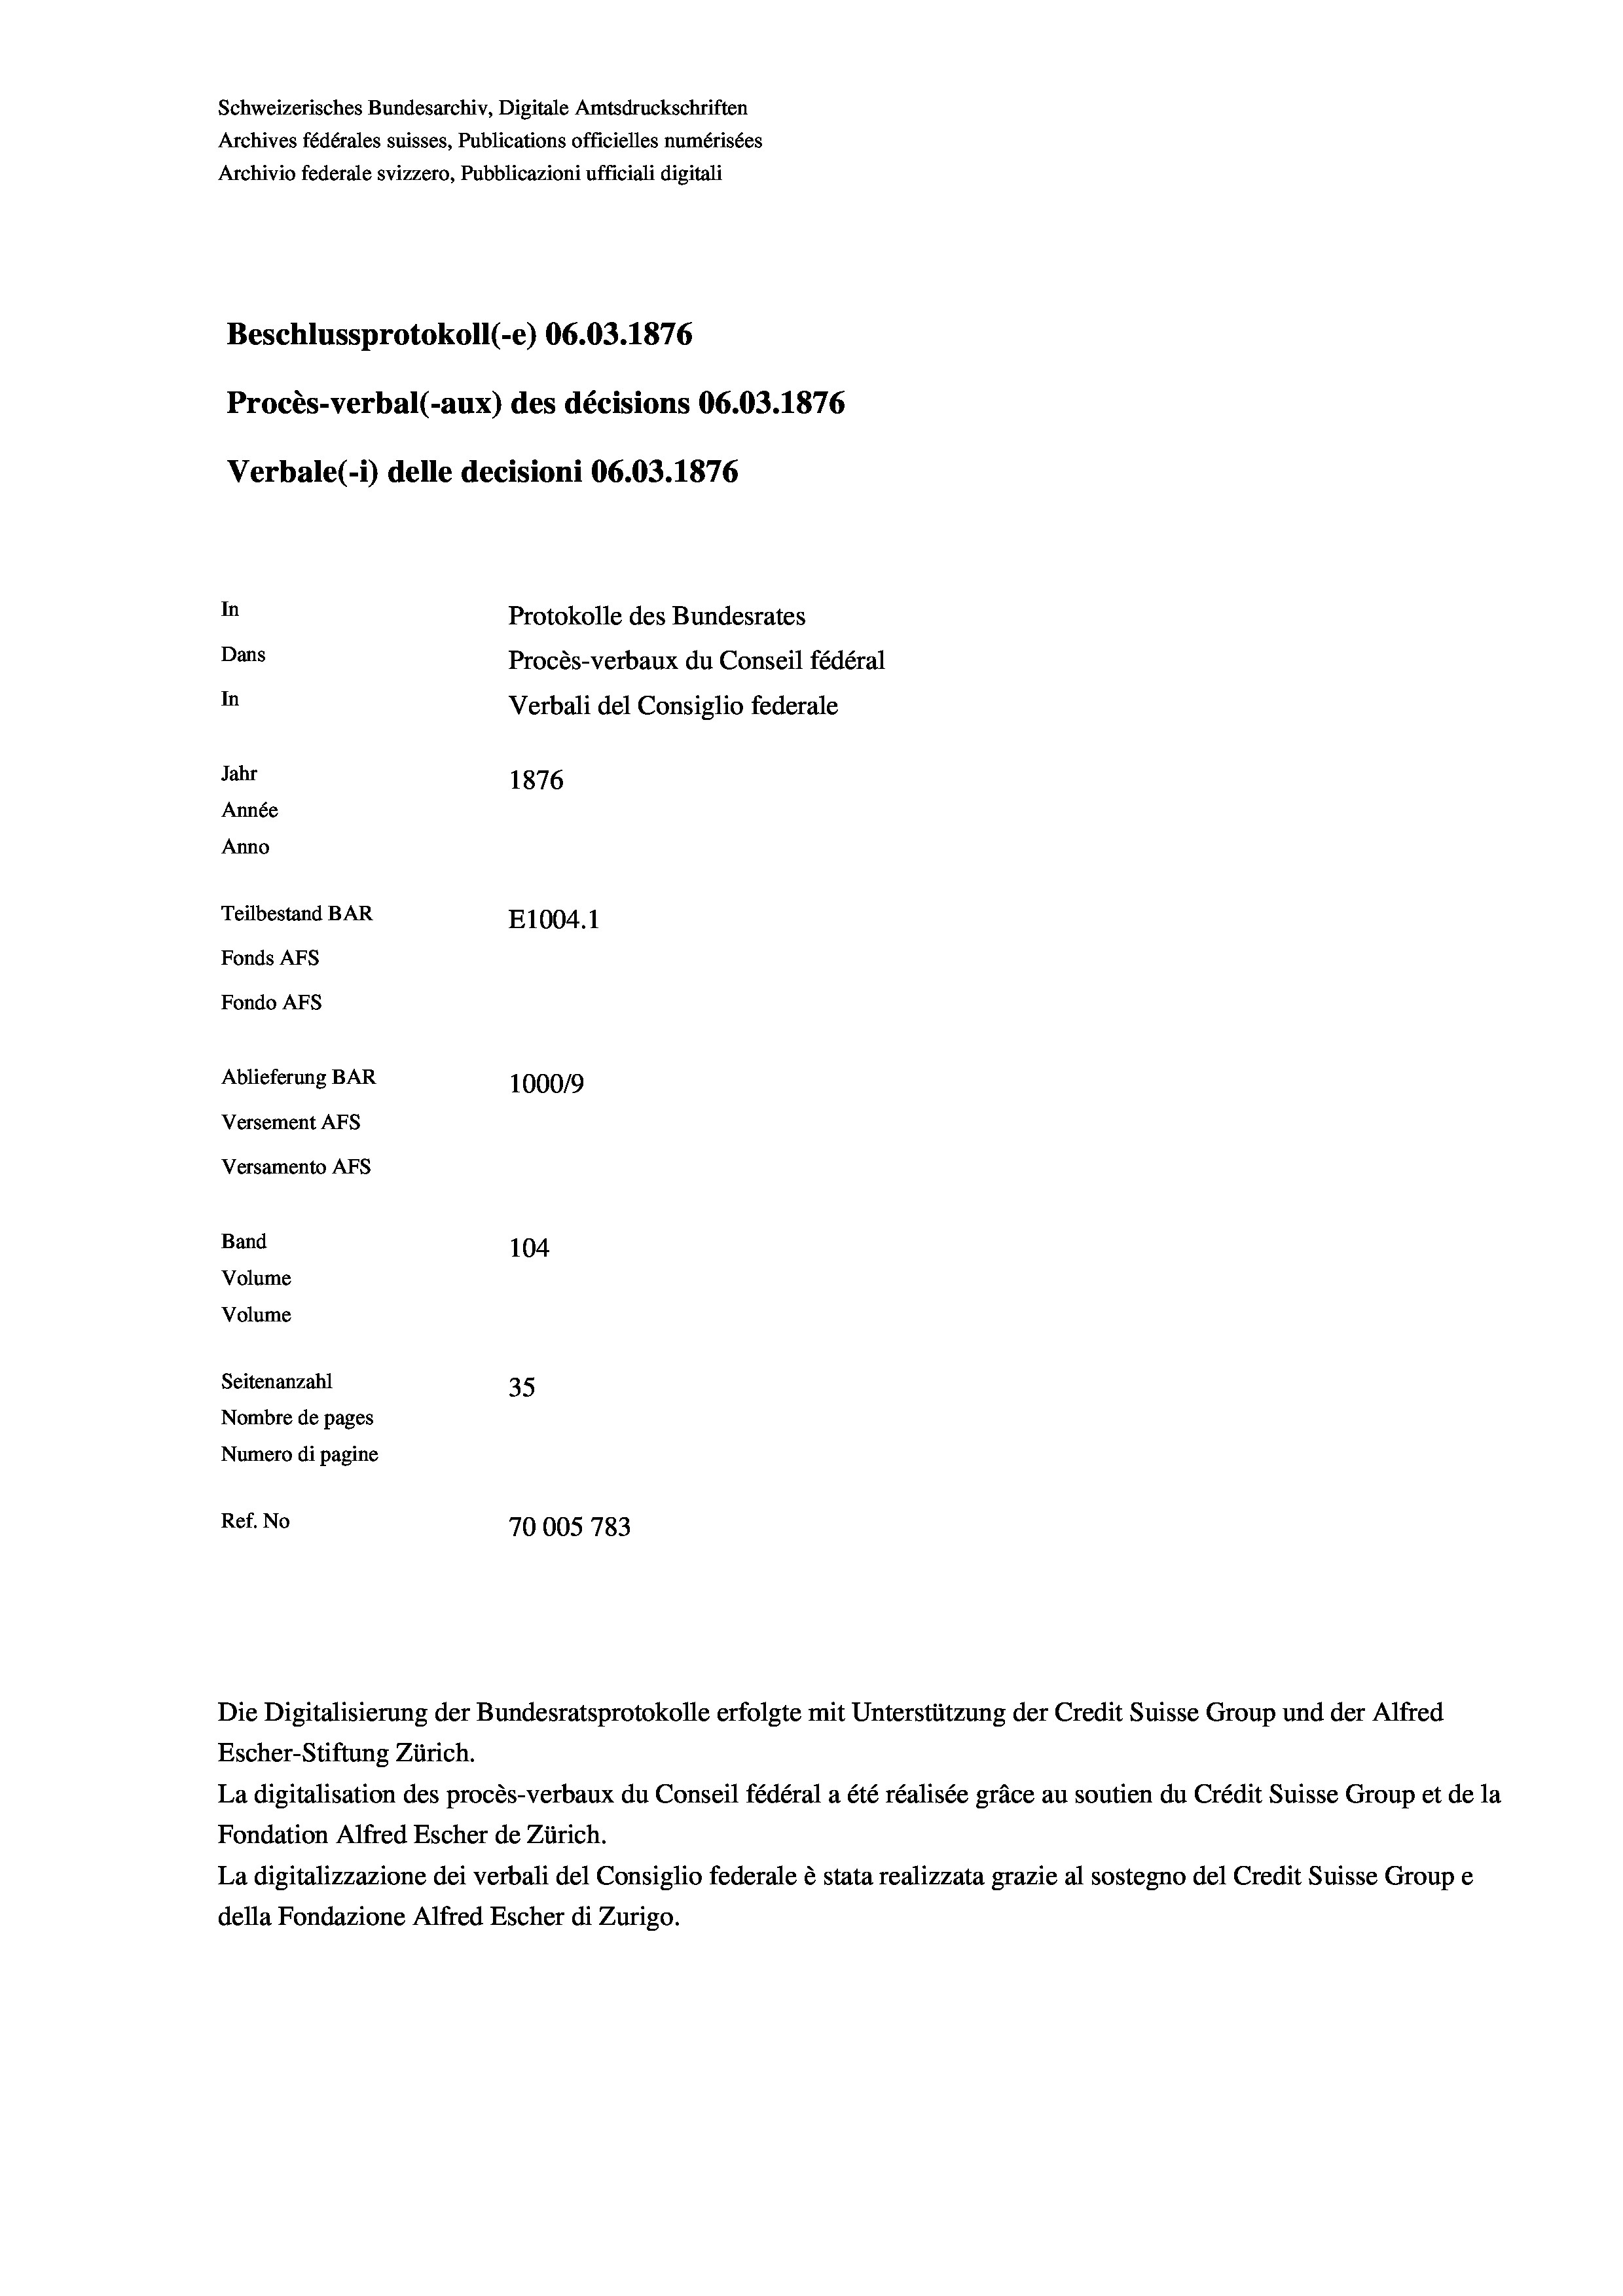
Schweizerisches Bundesarchiv, Digitale Amtsdruckschriften
Archives fédérales suisses, Publications officielles numérisées
Archivio federale svizzero, Pubblicazioni ufficiali digitali
Beschlussprotokoll (-e) 06.03. 1876
Procès-verbal (-aux) des décisions 06.03. 1876
Verbale(-*) delle decisioni 06.03. 1876
In
Protokolle des Bundesrates
Dans
Procès-verbaux du Conseil fédéral
In
Verbali del Consiglio federale
Jahr
1876
Année
Anno
Teilbestand BAR
E1004.1
Fonds AFs
Fondo AFs
Ablieferung BAR
1000/9
Versement Abs
Versamento AFs

104
Volume
Volume
Seitenanzahl
35
Nombre de pages
Numero di pagine
Ref. No
70005783

Band

Die Digitalisierung der Bundesratsprotokolle erfolgte mit Unterstützung der Credit Suisse Group und der Alfred
Escher-Stiftung Zürich.
La digitalisation des procès-verbaux du Conseil fédéral a été réalisée gräce au soutien du Crédit Suisse Group et de la
Fondation Alfred Escher de Zürich.
La digitalizzazione dei verbali del Consiglio federale è stata realizzata grazie al sostegno del Credit Suisse Groupe
della Fondazione Alfred Escher di Zurigo.